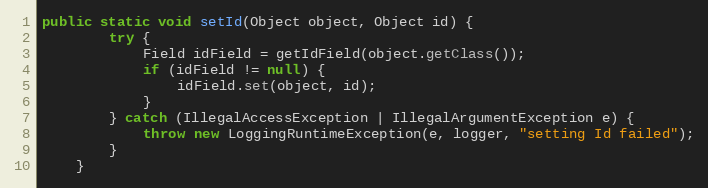
Language: Java
public static void setId(Object object, Object id) {
		try {
			Field idField = getIdField(object.getClass());
			if (idField != null) {
				idField.set(object, id);
			}
		} catch (IllegalAccessException | IllegalArgumentException e) {
			throw new LoggingRuntimeException(e, logger, "setting Id failed");
		}
	}